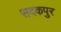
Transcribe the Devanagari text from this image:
सदकपुर